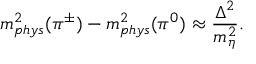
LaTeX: m _ { p h y s } ^ { 2 } ( \pi ^ { \pm } ) - m _ { p h y s } ^ { 2 } ( \pi ^ { 0 } ) \approx \frac { \Delta ^ { 2 } } { m _ { \eta } ^ { 2 } } .